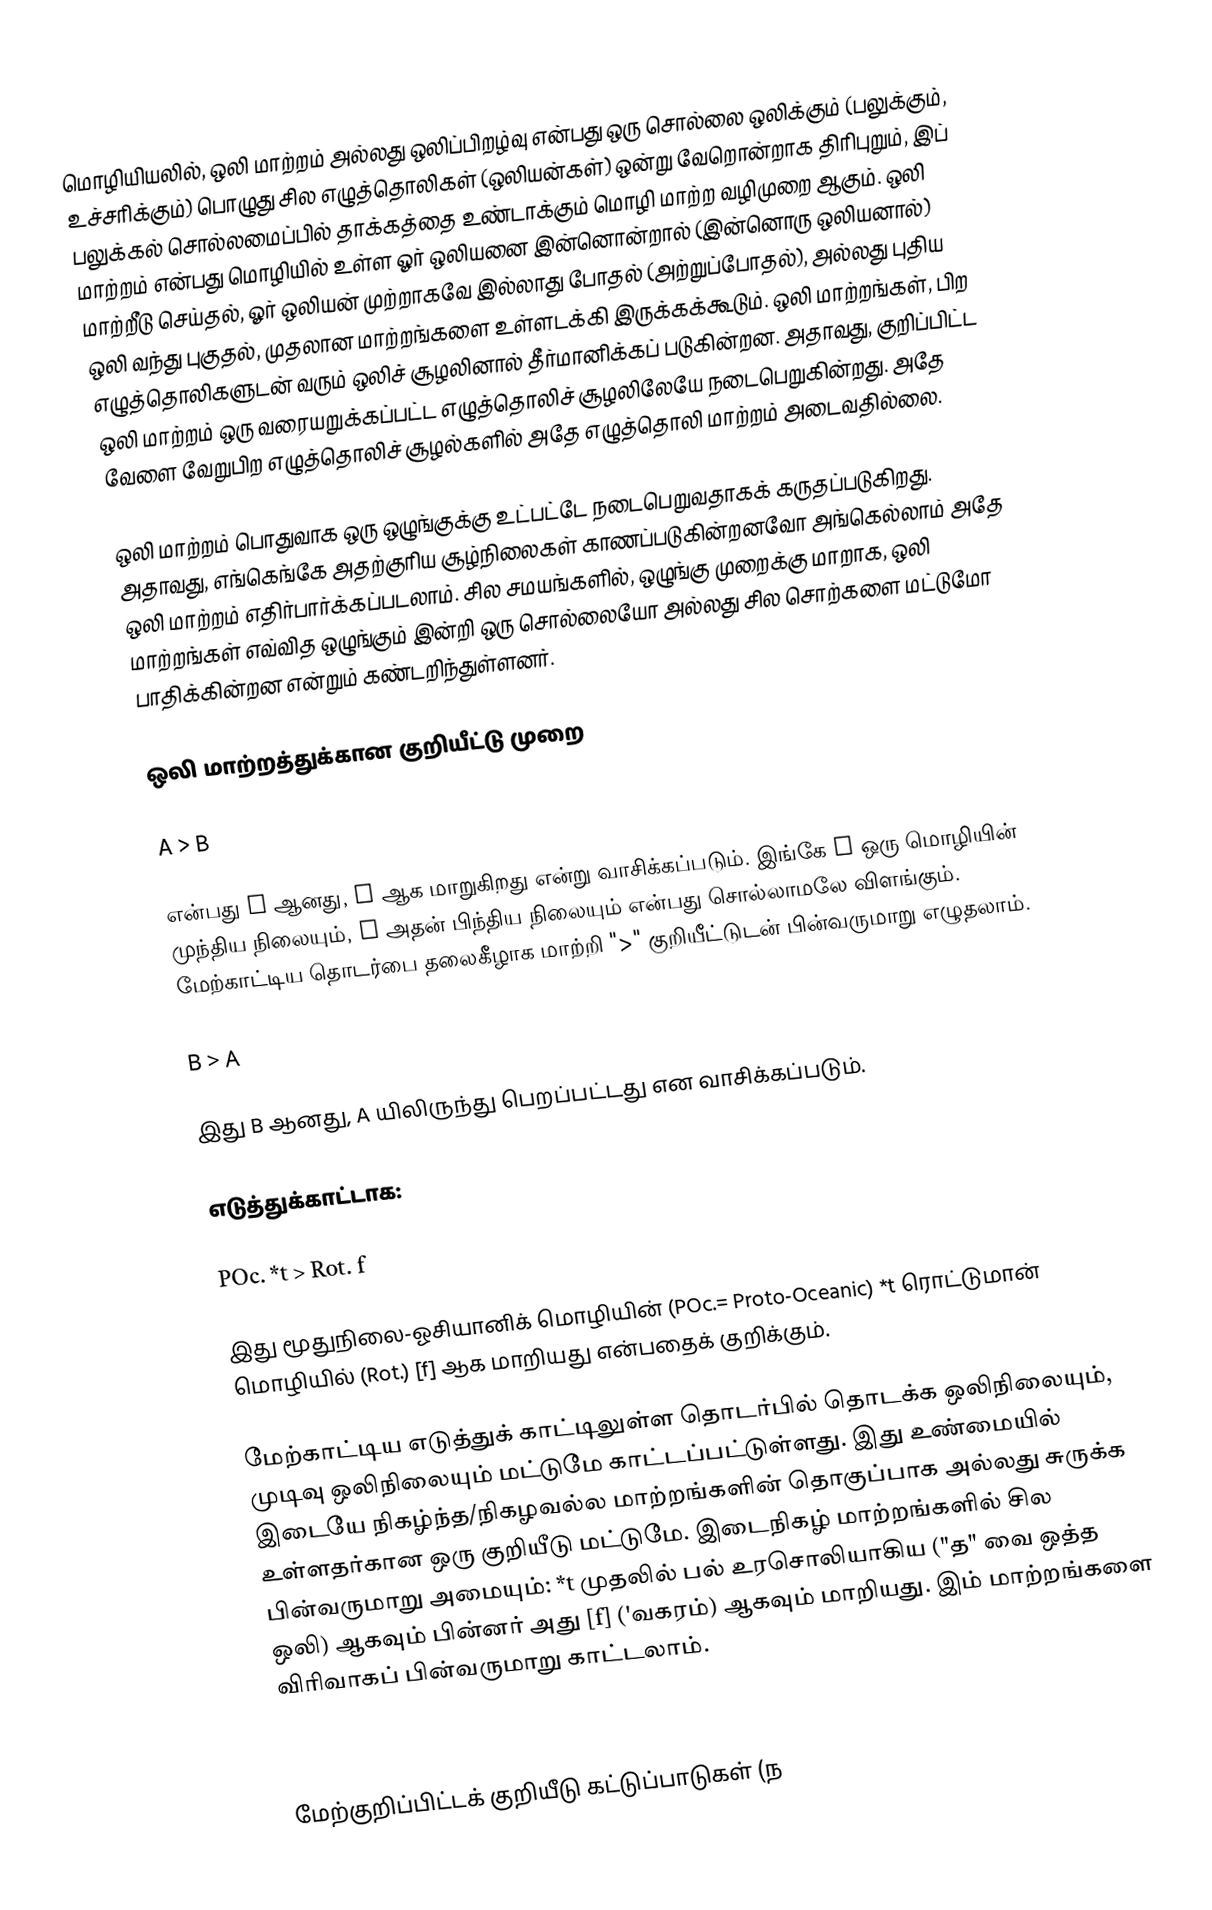
மொழியியலில், ஒலி மாற்றம் அல்லது ஒலிப்பிறழ்வு என்பது ஒரு சொல்லை ஒலிக்கும் (பலுக்கும், உச்சரிக்கும்) பொழுது சில எழுத்தொலிகள் (ஒலியன்கள்) ஒன்று வேறொன்றாக திரிபுறும், இப் பலுக்கல் சொல்லமைப்பில் தாக்கத்தை உண்டாக்கும் மொழி மாற்ற வழிமுறை ஆகும். ஒலி மாற்றம் என்பது மொழியில் உள்ள ஓர் ஒலியனை இன்னொன்றால் (இன்னொரு ஒலியனால்) மாற்றீடு செய்தல், ஓர் ஒலியன் முற்றாகவே இல்லாது போதல் (அற்றுப்போதல்), அல்லது புதிய ஒலி வந்து புகுதல், முதலான மாற்றங்களை உள்ளடக்கி இருக்கக்கூடும். ஒலி மாற்றங்கள், பிற எழுத்தொலிகளுடன் வரும் ஒலிச் சூழலினால் தீர்மானிக்கப் படுகின்றன. அதாவது, குறிப்பிட்ட ஒலி மாற்றம் ஒரு வரையறுக்கப்பட்ட எழுத்தொலிச் சூழலிலேயே நடைபெறுகின்றது. அதே வேளை வேறுபிற எழுத்தொலிச் சூழல்களில் அதே எழுத்தொலி மாற்றம் அடைவதில்லை.

ஒலி மாற்றம் பொதுவாக ஒரு ஒழுங்குக்கு உட்பட்டே நடைபெறுவதாகக் கருதப்படுகிறது. அதாவது, எங்கெங்கே அதற்குரிய சூழ்நிலைகள் காணப்படுகின்றனவோ அங்கெல்லாம் அதே ஒலி மாற்றம் எதிர்பார்க்கப்படலாம். சில சமயங்களில், ஒழுங்கு முறைக்கு மாறாக, ஒலி மாற்றங்கள் எவ்வித ஒழுங்கும் இன்றி ஒரு சொல்லையோ அல்லது சில சொற்களை மட்டுமோ பாதிக்கின்றன என்றும் கண்டறிந்துள்ளனர்.

ஒலி மாற்றத்துக்கான குறியீட்டு முறை

A > B

என்பது A ஆனது, B ஆக மாறுகிறது என்று வாசிக்கப்படும். இங்கே A ஒரு மொழியின் முந்திய நிலையும், B அதன் பிந்திய நிலையும் என்பது சொல்லாமலே விளங்கும். மேற்காட்டிய தொடர்பை தலைகீழாக மாற்றி ">" குறியீட்டுடன் பின்வருமாறு எழுதலாம்.

B > A

 இது B ஆனது, A யிலிருந்து பெறப்பட்டது என வாசிக்கப்படும்.

எடுத்துக்காட்டாக:

POc. *t > Rot. f

 இது மூதுநிலை-ஓசியானிக் மொழியின் (POc.= Proto-Oceanic)  *t ரொட்டுமான் மொழியில் (Rot.) [f] ஆக மாறியது என்பதைக் குறிக்கும்.

மேற்காட்டிய எடுத்துக் காட்டிலுள்ள தொடர்பில் தொடக்க ஒலிநிலையும், முடிவு ஒலிநிலையும் மட்டுமே காட்டப்பட்டுள்ளது. இது உண்மையில் இடையே நிகழ்ந்த/நிகழவல்ல மாற்றங்களின் தொகுப்பாக அல்லது சுருக்க உள்ளதர்கான ஒரு குறியீடு மட்டுமே. இடைநிகழ் மாற்றங்களில் சில பின்வருமாறு அமையும்: *t முதலில் பல் உரசொலியாகிய  ("த" வை ஒத்த ஒலி) ஆகவும் பின்னர் அது [f]  ('வகரம்) ஆகவும் மாறியது.  இம் மாற்றங்களை விரிவாகப் பின்வருமாறு காட்டலாம்.

 t >  > f

மேற்குறிப்பிட்டக் குறியீடு கட்டுப்பாடுகள் (ந